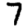
Digit: 7